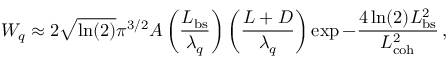
W _ { q } \approx 2 \sqrt { \ln ( 2 ) } \pi ^ { 3 / 2 } A \left( \frac { L _ { \mathrm { b s } } } { \lambda _ { q } } \right) \left( \frac { L + D } { \lambda _ { q } } \right) \exp { - \frac { 4 \ln ( 2 ) L _ { \mathrm { b s } } ^ { 2 } } { L _ { \mathrm { c o h } } ^ { 2 } } } \, ,